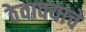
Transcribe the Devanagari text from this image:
ठेवावयाचे